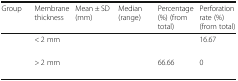
<table><thead><tr><td><b>Group</b></td><td><b>Membrane thickness</b></td><td><b>Mean ± SD (mm)</b></td><td><b>Median (range)</b></td><td><b>Percentage (%) (from total)</b></td><td><b>Perforation rate (%) (from total)</b></td></tr></thead><tbody><tr><td>[EMPTY_CELL]</td><td>&lt; 2 mm</td><td>[EMPTY_CELL]</td><td>[EMPTY_CELL]</td><td>[EMPTY_CELL]</td><td>16.67</td></tr><tr><td>[EMPTY_CELL]</td><td>&gt; 2 mm</td><td>[EMPTY_CELL]</td><td>[EMPTY_CELL]</td><td>66.66</td><td>0</td></tr></tbody></table>